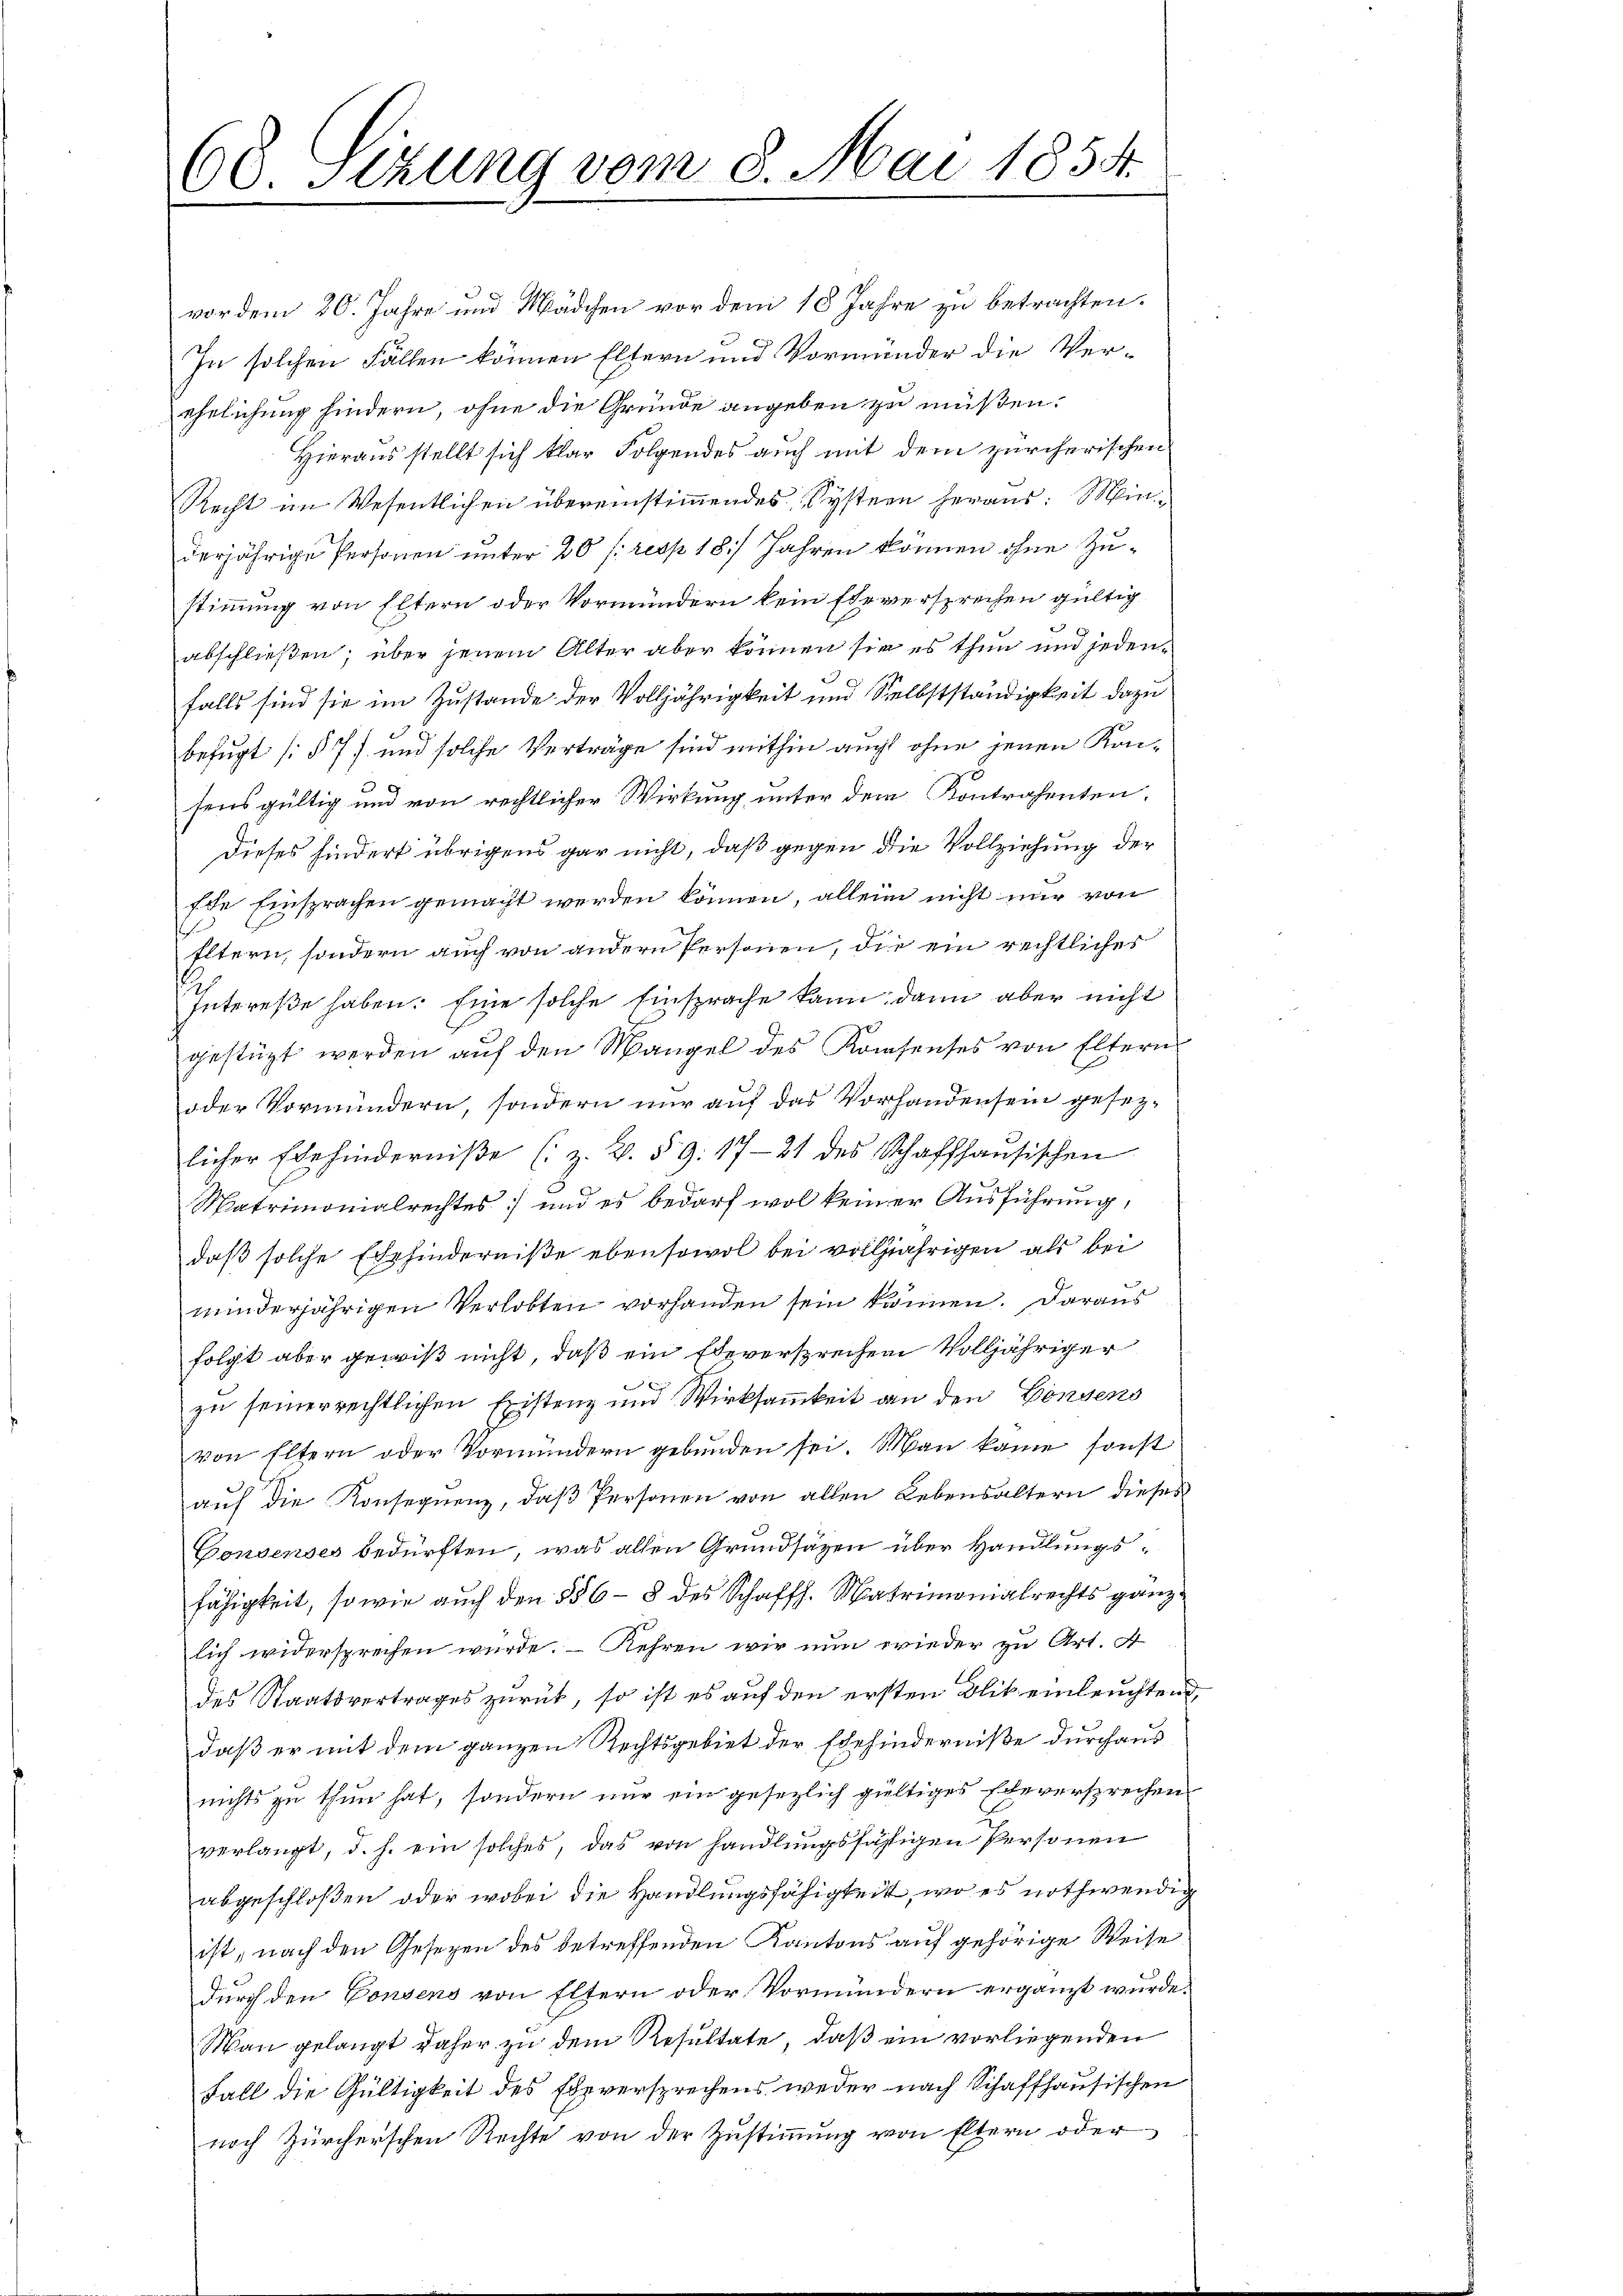
vor dem 20. Jahre und Mädchen vor dem 18 Jahre zu betrachten.
In solchen Fällen können Eltern und Vormünder die Ver-
ehelichung hindern, ohne die Gründe angeben zu müßen.
Hieraus stellt sich klar Folgendes auch mit dem zürcherischen
Recht im Wesentlichen übereinstimmendes Systern heraus: Miniderjährige Personen unter 20 f: resp. 18. Jahren können ohne Zustimmung von Eltern oder Vormündern kein Eheversprechen gültig
abschließen; über jenem Alter aber können sie es thun und jedenfalls sind sie im Zustande der Volljährigkeit und Selbstständigkeit dazu
befugt [§ 77 und solche Verträge sind mithin auch ohne jenen Konsens gültig und von rechtlicher Wirkung unter dem Kontrahenten.
Dieses hindert übrigens gar nicht, daß gegen die Vollziehung der
Ede Einsprachen gemacht werden können, allein nicht nur von
Eltern, sondern auch von andern Personen, die ein rechtliches
Intereße haben. Eine solche Einsprache kann dann aber nicht
gestüzt werden aŭf den Mangel des Konsenses von Eltern
oder Vormundern, sondern nur auf das Vorhandensein gesezlicher Ehehinderniβe (z. B. § 9. 1721 des Schaffhaŭsischen
Matrimonialrechtes und es bedarf wol keiner Ausführung,
daß solche Ehehinderniße ebensowol bei volljährigen als bei
minderjährigen Verlobten vorhanden sein können. Daraus
folgt aber gewiß nicht, daß ein Eheversprechen Volljähriger
x
zu seiner rechtlichen Existenz und Wirksamkeit an den Consens
von Eltern oder Vormündern gebunden sei. Man kame, sonst
auf die Konsequenz, daß Personen von allen Lebensaltern dieses
Consenses bedürften, was allen Grundsäzen über Handlungsfähigkeit, so wie auch den 556 - 8 des Schaffh. Matrimonialrechts ganz
lich widersprechen würde. – Kehren wir nun wieder zu Art. A
des Staatsvertrages zurück, so ist es auf den ersten Blit einleuchtend,
daß er mit dem ganzen Rechtsgebiet der Ehehinderniße durchaus
nichts zu thun hat, sondern nur ein gesezlich gültiges Eheversprechen
verlangt, d. h. ein solches, das von handlungsfähigen Personen
abgeschloßen, oder wobei die Handlungsfähigkeit, wo es nothwendig
ist, nach den Gesezen des betreffenden Kantons auf gehörige Weise
durch den Consens von Eltern oder Vormündern ergänzt wurde.
Man gelangt daher zu dem Resultate, daß ein vorliegenden
Fall die Gültigkeit des Eheversprechens weder nach Schaffhausischen
noch Zürcherschen Rechte von der Zustimmung von Eltern oder

68. Sizung vom 8. Mai 1858.